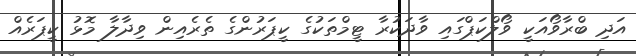
އަދި ބްރާވޯއަކީ ވޯލްކަޕްގައި ވާދަކުރާ ޓީމްތަކުގެ ކީޕަރުންގެ ތެރެއިން ވިދާލާ މޮޅު ކީޕަރެއް